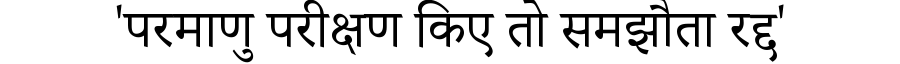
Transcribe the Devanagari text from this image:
'परमाणु परीक्षण किए तो समझौता रद्द'